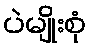
ပဲမျိုးစုံ